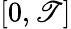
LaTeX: [0,\mathscr{T}]